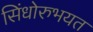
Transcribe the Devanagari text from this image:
सिंधोरुभयत